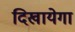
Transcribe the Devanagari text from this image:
दिखायेगा